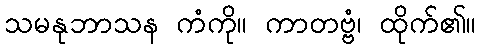
သမနုဘာသန ကံကို။ ကာတဗ္ဗံ၊ ထိုက်၏။